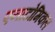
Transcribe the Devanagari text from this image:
एनाटोमिकल